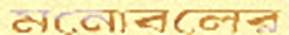
মনোবলের